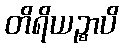
တိရိယဉ္စာပိ